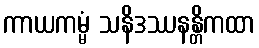
ကာယကမ္မံ သနိဒဿနန္တိကထာ